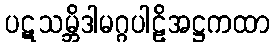
ပဋသမ္ဘိဒါမဂ္ဂပါဠိအဋ္ဌကထာ